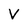
Character: V